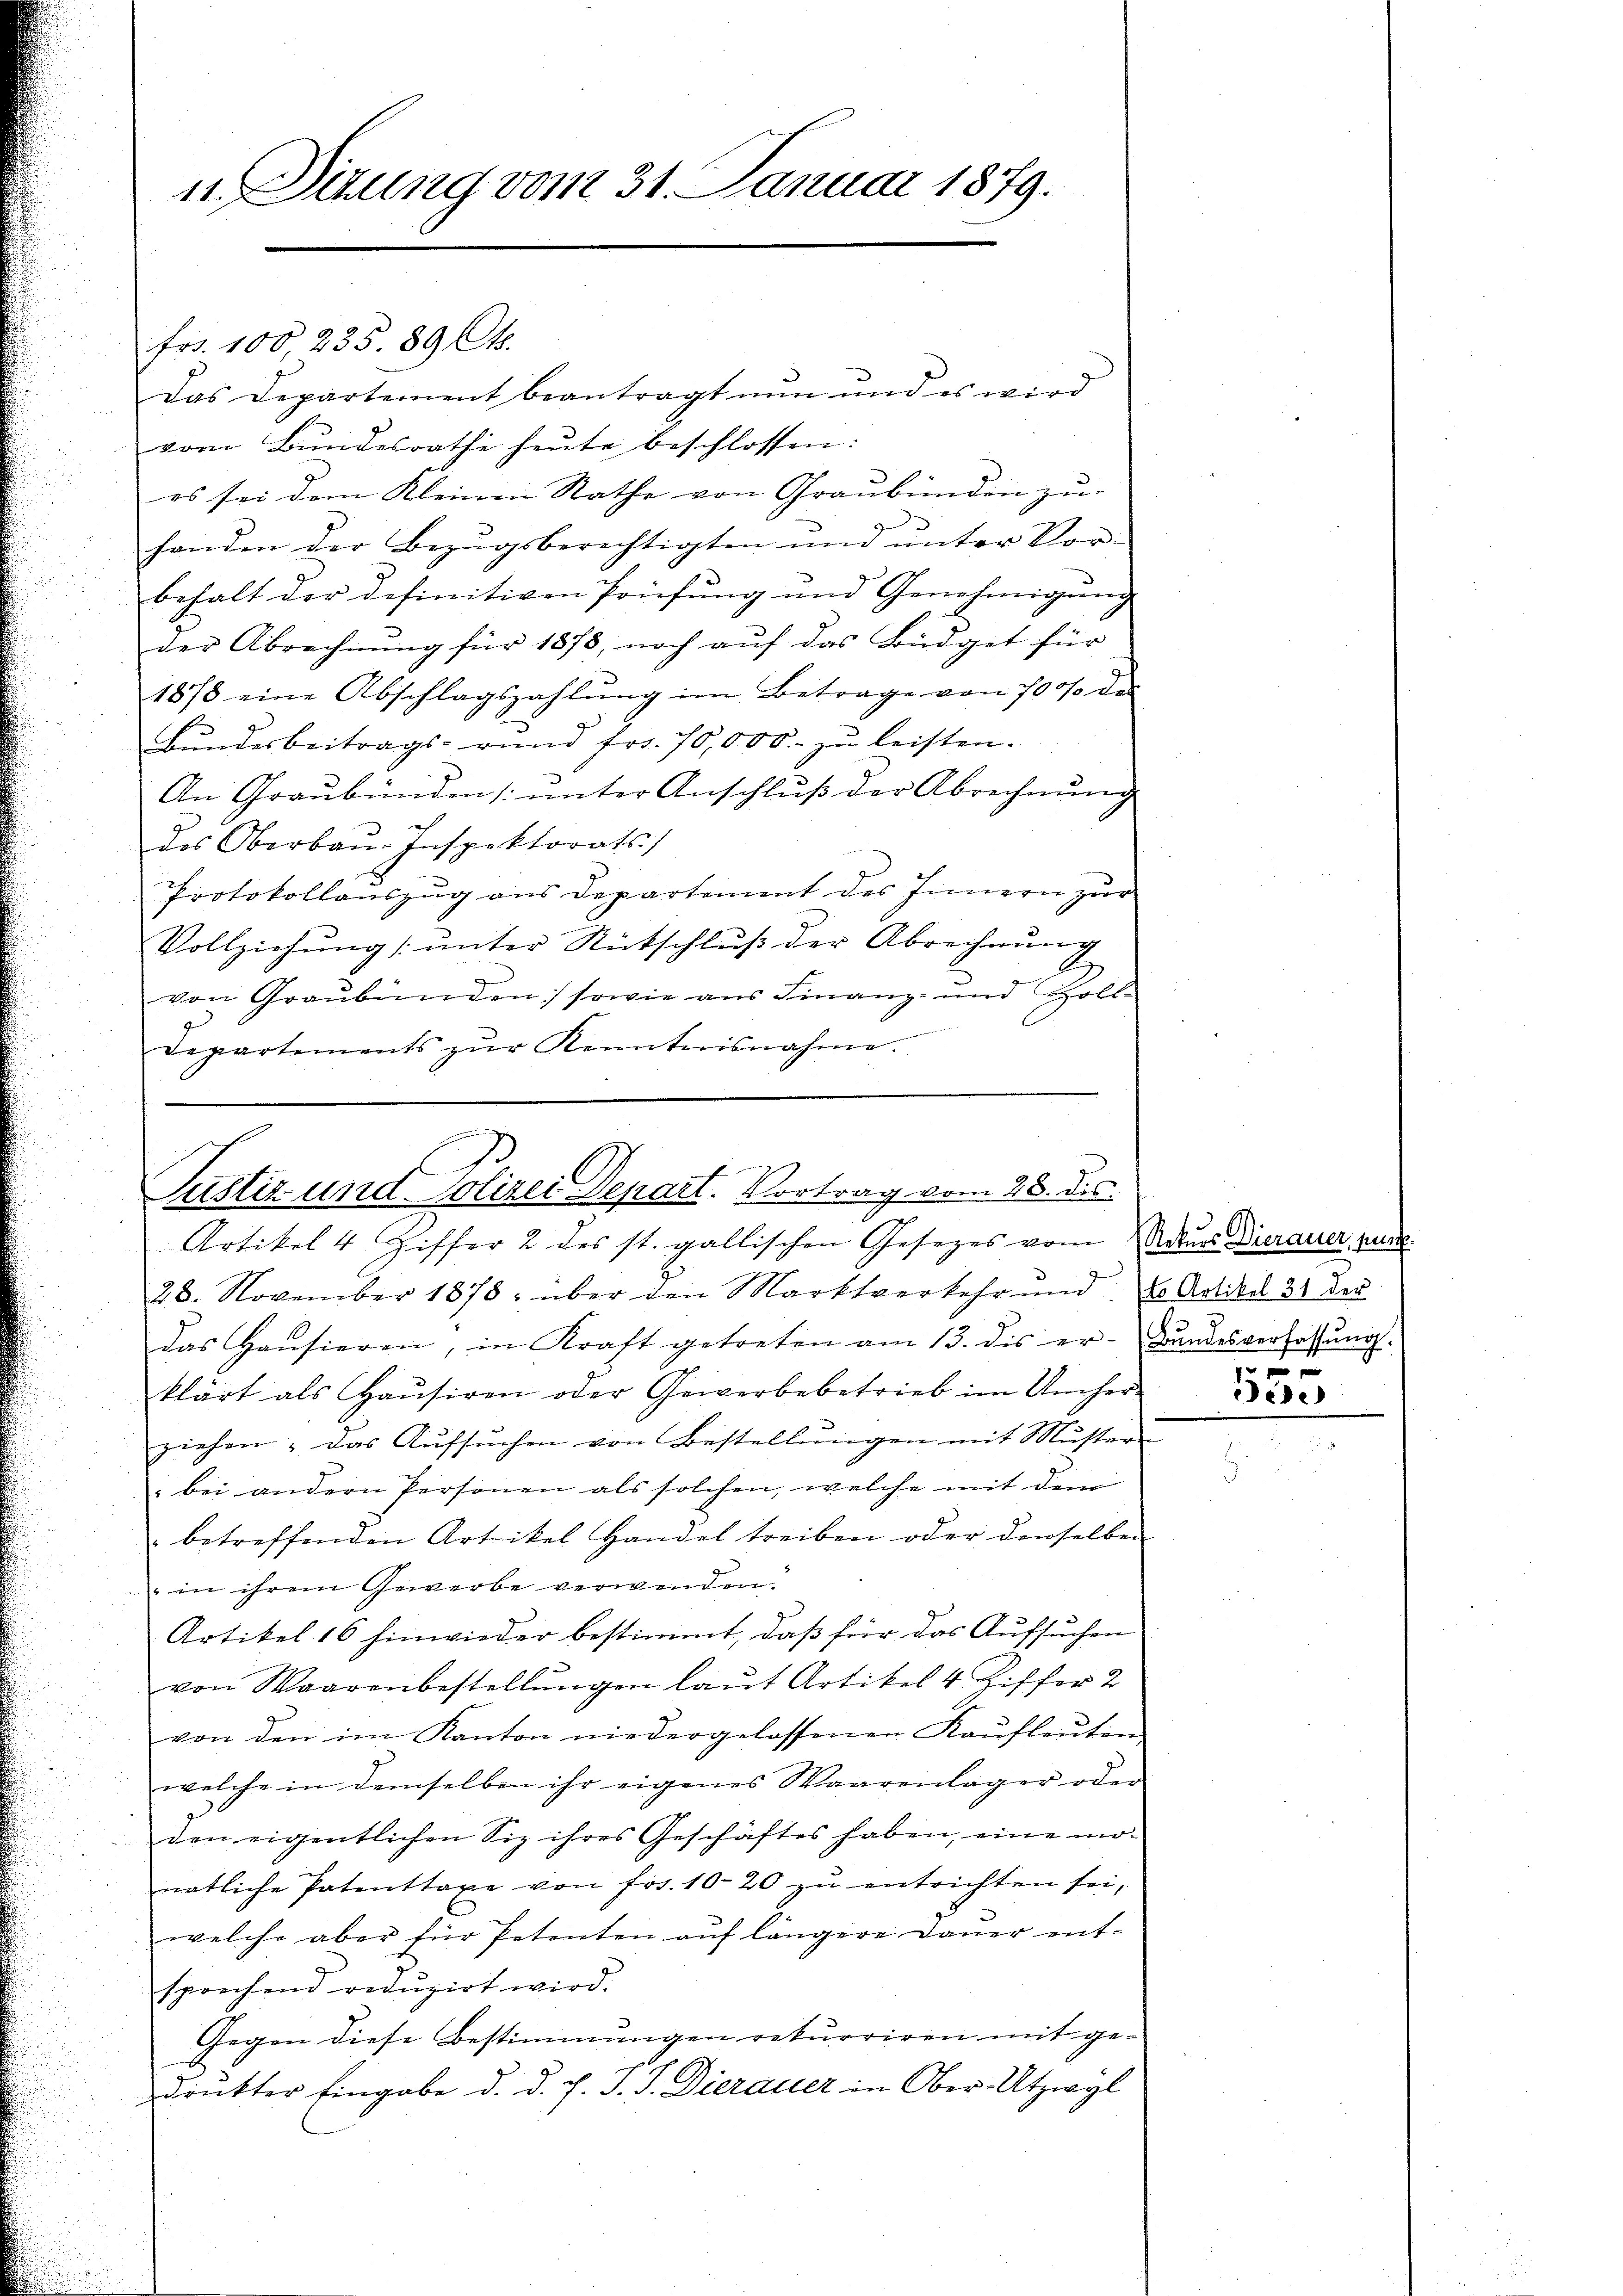
11. Situng vom 31. Januar 1879.

frs. 100, 235. 89 Ct.
Das Departement beantragt nun und es wird
vom Bundesrathe heute beschlossen:
es sei dem Kleinen Rathe von Graubünden zu-
handen der Bezŭgsberechtigten und ŭnter Vor-
behalt der definitiven Prüfung und Genehmigŭng
der Abrechnŭng für 1878, noch aŭf das Büdget für
1878 eine Abschlagszahlŭng im Betrage von 7000 des
Bŭndesbeitrags- rŭnd fr. 70,000. zŭ leisten.
An Graubünden /: unter Anschluß der Abrechnŭng
des Oberbaŭ-Inspektorats
Protokollauszug aus Departement des Innern zur
Vollziehŭng ŭnter Rückschlŭβ der Abrechnŭng
von Graubünden sowie aus Finanz- und Holl¬
.
Departements zŭr Kenntnisnahme.
.
28. November 1878; über den Marktverkehr und Er Artikel 31 der
das Haŭsieren, in Kraft getreten am 13. dis er-Bundesverfassŭng.
klärt als Haŭsiren oder Gewerbebetrieb im Umher-
ziehen: das Aŭfsŭchen von Bestellŭngen mit Muster
" bei andern Personen als solchen, welche mit dem
 betreffenden Artikel Handel treiben oder denselben
" in ihrem Gewerbe verwenden.
Artikel 16 hinwieder bestimmt, daß für das Aufsuchen
von Waarenbestellŭngen laŭt Artikel 4 Ziffer 2
von den im Kanton niedergelassenen Kaŭfleŭten
welche in demselben ihr eigenes Waarenlager oder
den eigentlichen Siz ihres Geschäftes haben, eine monatliche Patenttaxe von frs. 1020 zŭ entrichten sei,
welche aber für Petenten auf längere Dauer entsprechend redŭzirt wird.
Gegen diese Bestimmungen rekurriren mit gedruckter Eingabe d. d. J. v. J. Dierauer in Ober-Utzwyl

.
Justiz und Polizei Depart. Vortrag vom 28. des
Artikel 4 Ziffer 2 des st. gallischen Gesezes vom Aduas Dierauer pund

0 f 0 x

Dire